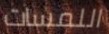
اللمسات